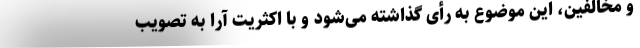
و مخالفین، این موضوع به رأی گذاشته می‌شود و با اکثریت آرا به تصویب